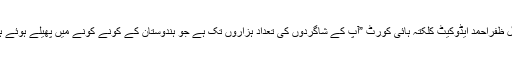
بقول ظفراحمد ایڈوکیٹ کلکتہ ہائی کورٹ ”آپ کے شاگردوں کی تعداد ہزاروں تک ہے جو ہندوستان کے کونے کونے میں پھیلے ہوئے ہیں۔